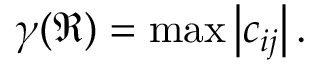
\gamma ( \mathfrak { R } ) = \operatorname* { m a x } \left| c _ { i j } \right| .